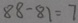
8 8 - 8 1 = 7